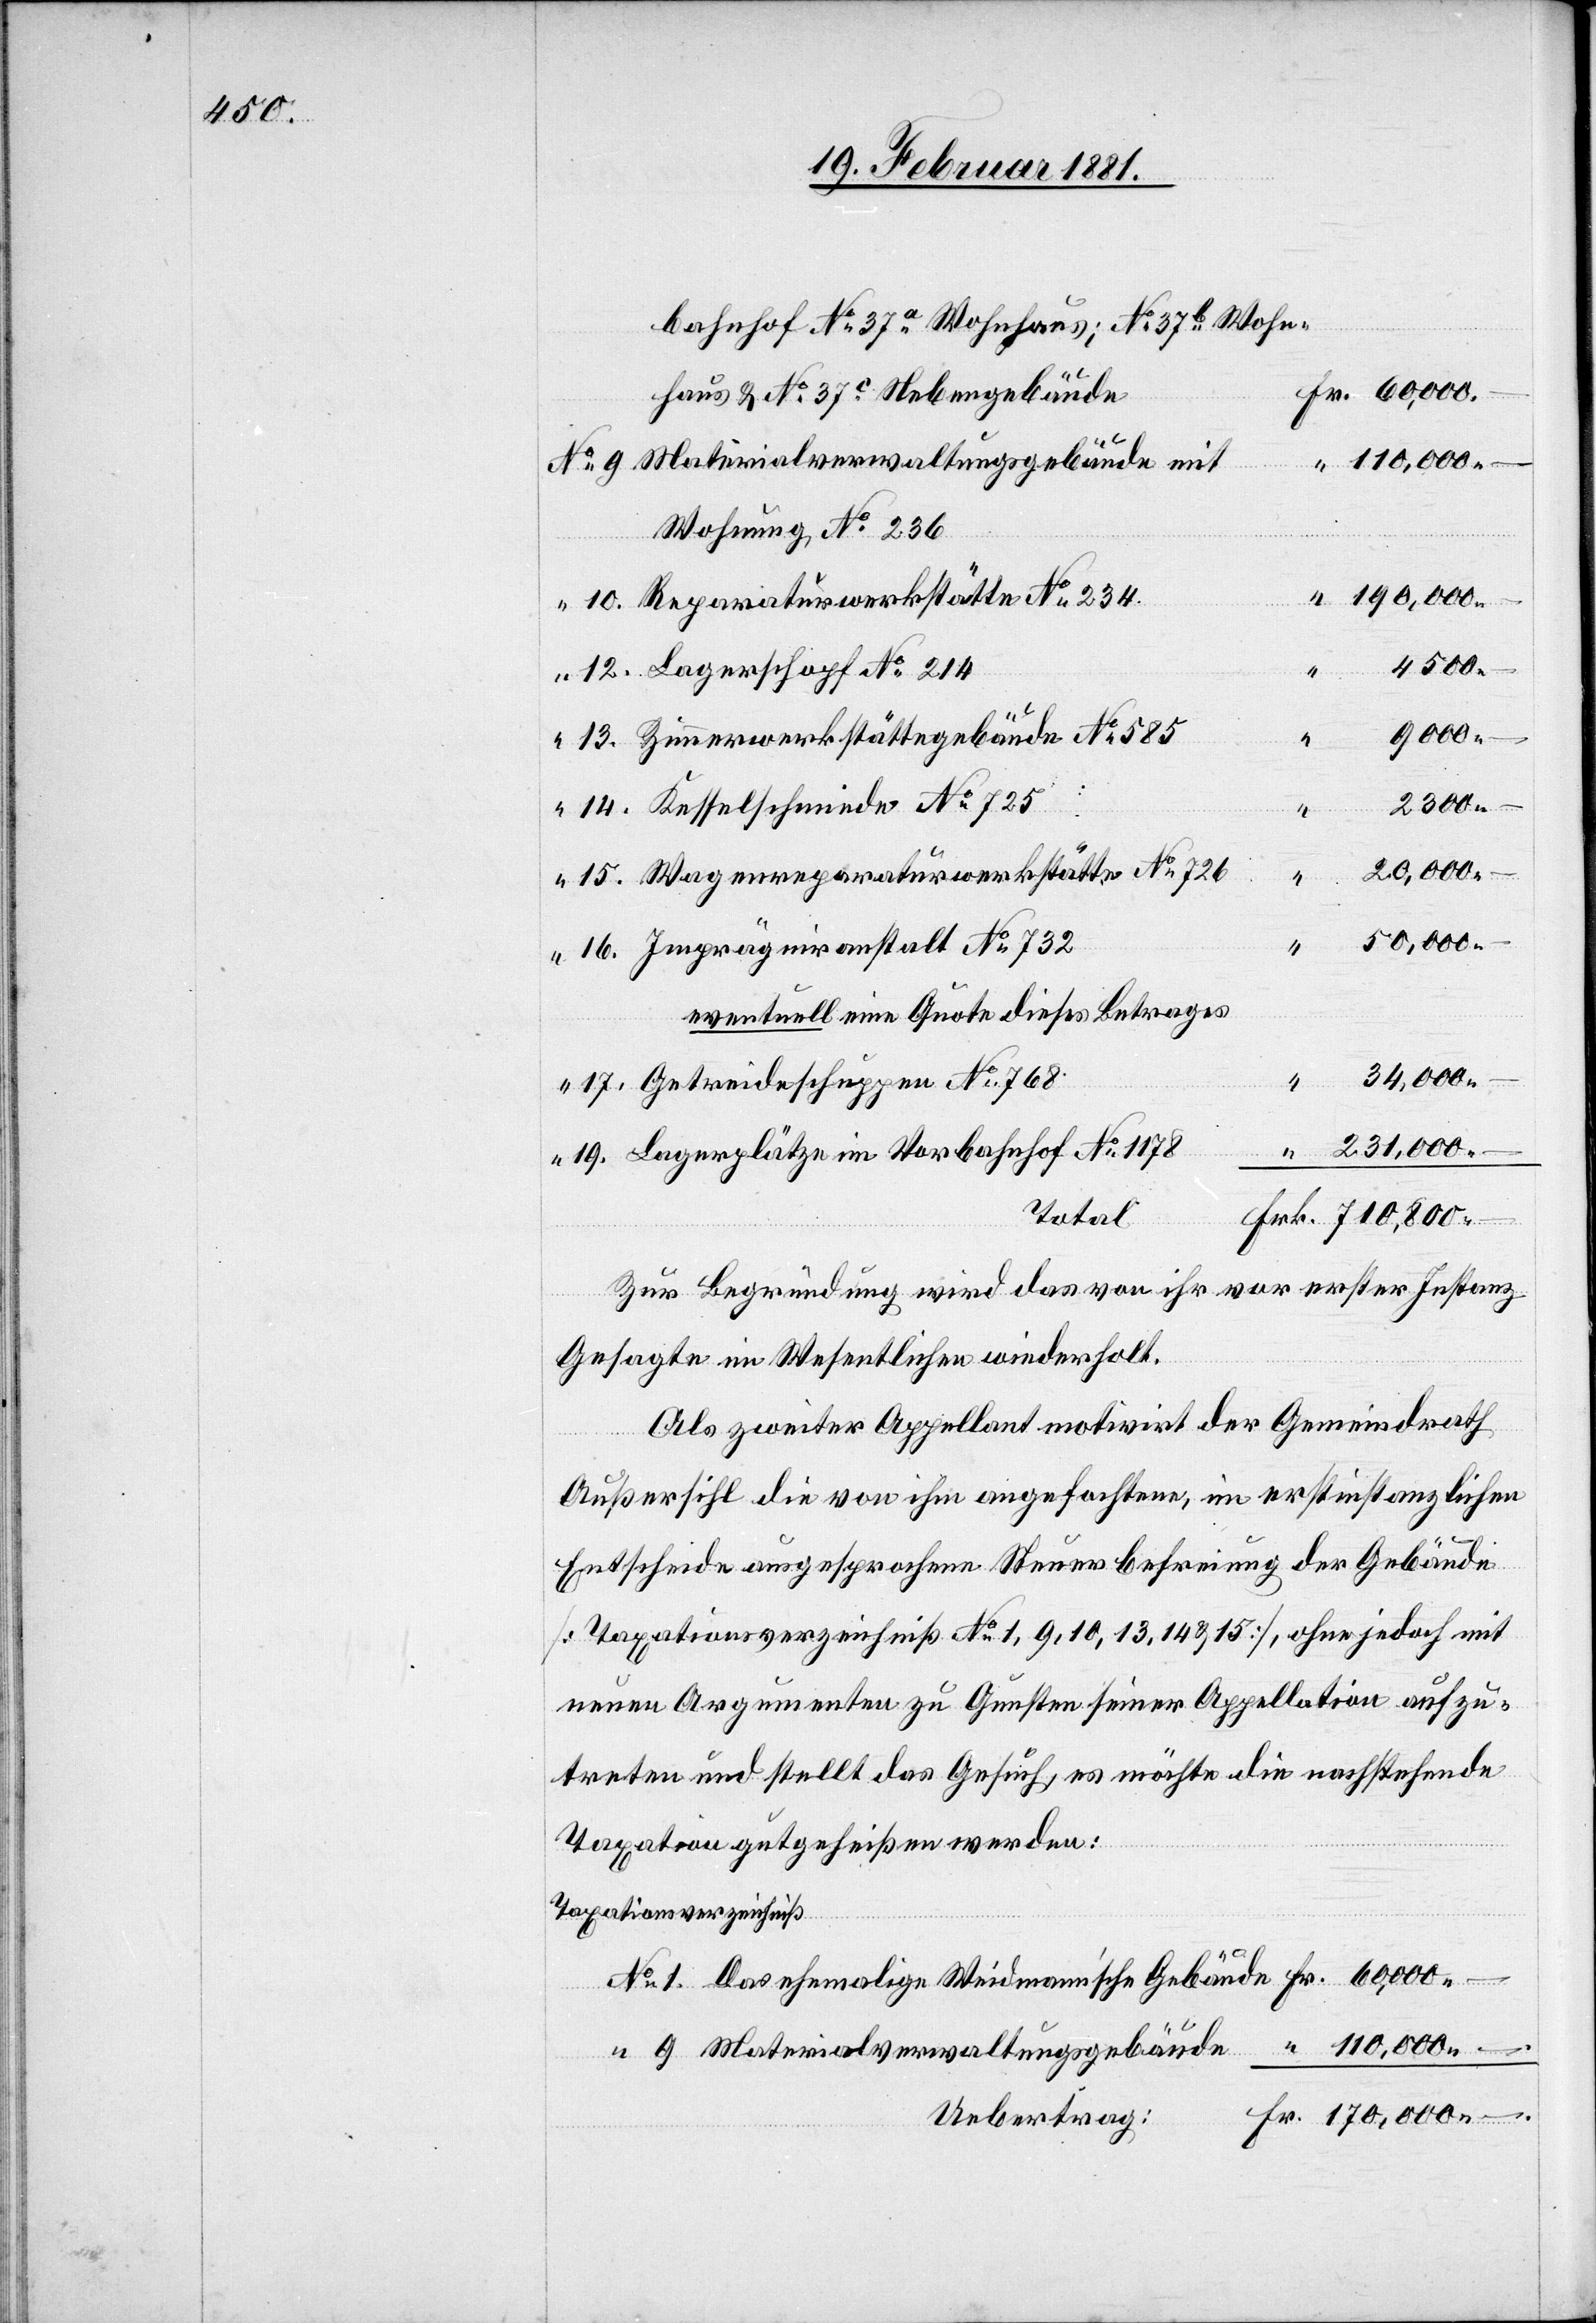
bahnhof No 37a Wohnhaus; No 37b Wohn¬
haus & No 37c Nebengebäude
Materialverwaltungsgebäude mit
ebäude
Wohnung, No 236
Reparaturwerkstätte No 234
4500
Das
Lagerschopf No 214
9000
Zimmerwerkstättegebäude No 585
–.
1.
Wagenreparaturwerkstätte No 726
110,000 –.
9.
Imprägnieranstalt No 732
eventuell eine Quote dieses Betrages
34,000 –.
Getreideschuppen No 768
231,000 –
Lagerplätze im Vorbahnhof No 1178
Total
Zur Begründung wird das von ihr vor erster Instanz
“
Gesagte im Wesentlichen wiederholt.
Als zweiter Appellant motivirt der Gemeindrath
Außersihl die von ihm angefochtene, im erstinstanzlichen
Entscheide ausgesprochene Steuerbefreiung der Gebäude
[Taxationsverzeichniß No 1, 9, 10, 13, 14, & 15], ohne jedoch mit
neuen Argumenten zu Gunsten seiner Appellation aufzu¬
treten und stellt das Gesuch, es möchte die nachstehende
Taxation gutgeheißen werden:
No
Taxationsverzeichniß

Weinman¬